Scottish Leaving Certificate Examination, 1953
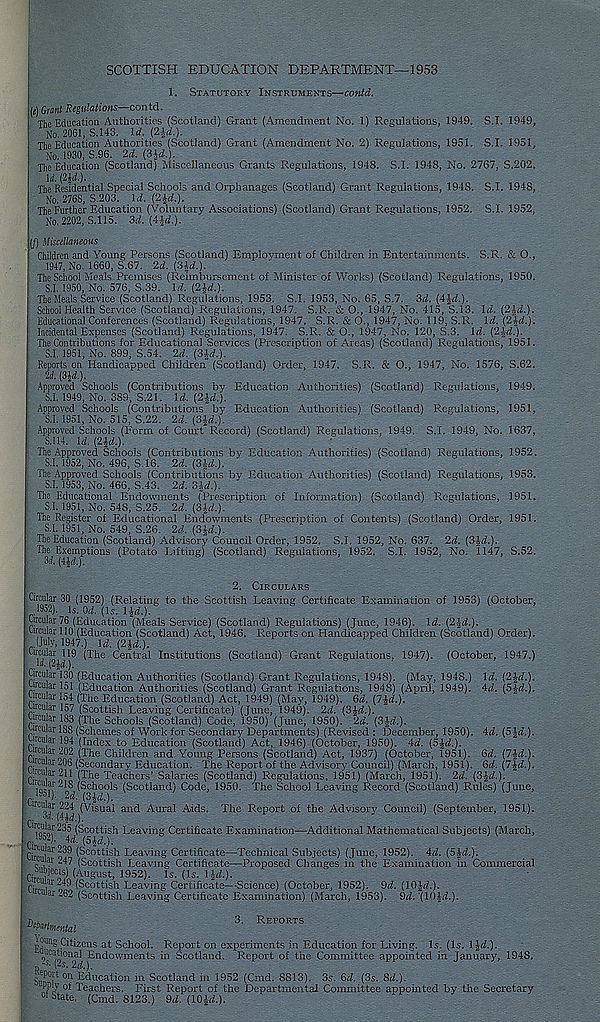
SCOTTISH EDUCATION DEPARTMENT—1953
1. Statutory Instruments—contd.
(i) Grant Regulations—contd.
The Education Authorities (Scotland) Grant (Amendment No. 1) Regulations, 1949. S.I. 1949,
No. 2061, S. 143. Id. (Ud.).
The Education Authorities (Scotland) Grant (Amendment No. 2) Regulations, 1951. S.I. 1951,
No. 1930, S.96. 2d. (3-id.).
The Education (Scotland) Miscellaneous Grants Regulations, 1948. S.I. 1948, No. 2767, S.202.
Id. ;2|<i).
The Residential Special Schools and Orphanages (Scotland) Grant Regulations, 1948. S.I. 1948,
No. 2768, S.203. 1<2. (2^.).
The Further Education (Voluntary Associations) (Scotland) Grant Regulations, 1952. S.I. 1952,
No. 2202, S.115. 3d. (Hd.).
(/) Miscellaneous
Children and Young Persons (Scotland) Employment of Children in Entertainments. S.R. & O.,
1947, No. 1660, S.67. 2d. (3U.).
The School Meals Premises (Reimbursement of Minister of Works) (Scotland) Regulations, 1950.
S.I. 1950, No. 576, S.39. Id. (2Jd.).
The Meals Service (Scotland) Regulations, 1953. S.I. 1953, No. 65, S.7. 3d. {tut.).
School Health Service (Scotland)-Regulations, 1947. S.R. & O., 1947, No. 415, S.13. \d. (21 d.).
Educational Conferences (Scotland) Regulations, 1947. S.R. & O., 1947, No. 119, S.R. Id. (2\d.).
Incidental Expenses (Scotland) Regulations, 1947. S.R. & O., 1947, No. 120, S.3. Id. (2ld.).
The Contributions for Educational Services (Prescription of Areas) (Scotland) Regulations, 1951.
S.I. 1951, No. 899, S.54. 2d. (Sid,).
Reports on Handicapped Children (Scotland) Order, 1947. S.R. & O., 1947, No. 1576, S.62.
2d. (3ld.).
Approved Schools (Contributions by Education Authorities) (Scotland) Regulations, 1949.
S.I. 1949, No. 389, S.21. Id. (2Ji).
Approved Schools (Contributions by Education Authorities) (Scotland) Regulations, 1951,
S.I. 1951, No. 515, S.22. 2d. (3id.).
i Approved Schools (Form of Court Record) (Scotland) Regulations, 1949. S.I. 1949, No. 1637,
S.I 14. Id. (2£</.).
I The Approved Schools (Contributions by Education Authorities) (Scotland) Regulations, 1952.
S.I. 1952, No. 496, S.16. 2d. (3U.).
The Approved Schools (Contributions by Education Authorities) (Scotland) Regulations, 1953.
S.I. 1953, No. 466, 5.43. 2d. 3ld.).
The Educational Endowments ("Prescription of Information) (Scotland) Regulations, 1951.
S.I. 1951, No. 548, S.25. 2d. (3Jrf.).
The Register of Educational Endowments (Prescription of Contents) (Scotland) Order, 1951.
S.I. 1951, No. 549, S.26. 2d. (3p.).
The Education (Scotland) Advisory Council Order, 1952. S.I. 1952, No. 637. 2d. (3\d.).
The Exemptions (Potato Lifting) (Scotland) Regulations, 1952. S.I. 1952, No. 1147, S.52.
3i. (qd.).
2. Circulars
Circular 30 (1952) (Relating to the Scottish Leaving Certificate Examination of 1953) (October,
,.1952). is. ()d. (U. LR).
Circular 76 (Education (Meals Service) (Scotland) Regulations) (June, 1946). id. (2J<i.).
Circular 110 (Education (Scotland) Act, 1946. Reports on Handicapped Children (Scotland) Order).
..(July, 1947.) id. (2id.).
emo ' m (The Central Institutions (Scotland) Grant Regulations, 1947). (October, 1947.)
«. (21A).
Circuar 130 (Education Authorities (Scotland) Grant Regulations, 1948). (May, 1948.)
yrcuar 151 (Education Authorities (Scotland) Grant Regulations, 1948) (April, 1949).
Circular 154 (The Education (Scotland) Act, 1949) (May, 1949). 6d. (lid.).
yrcuar 157 (Scottish Leaving Certificate) (June, 1949). 2d. {3)d-.).
Circuar 183 (The Schools (Scotland) Code, 1950) (June, 1950). 2d. (Sid.).
circular 188 (Schemes of Work for Secondary Departments) (Revised : December, 1950).
CTOuar 194 (Index to Education (Scotland) Act, 1946) (October, 1950). id. (5-id.).
urcuar 202 (The Children and Young Persons (Scotland) Act, 1937) (October, 1951).
vcular 206 (Secondary Education. The Report of the Advisory Council) (March, 1951). uu-. ^
rv'i 211 (The Teachers’ Salaries (Scotland) Regulations, 1951) (March, 1951). 2d. (Sid.).
jg”.™ 21^8 (Schools (Scotland) Code, 1950. The School Leaving Record (Scotland) Rules) (June,
(Visual and Aural Aids. The Report of the Advisory Council) (September, 1951).
Hid.).
'kSk 23 ® (Scottish Leaving Certificate Examination—Additional Mathematical Subjects) (March,
PiV r ' ^ ( 5 i«.).
'"ral vu 9 (® cottis h Leaving Certificate—Technical Subjects) (June, 1952). id. (5id.).
uiar _47 (Scottish Leaving Certificate—Proposed Changes in the Examination in Commercial
f4™Wcts) (August, 1952). Is. (Is. l|rf.).
fim i 7,1? (Scottish Leaving Certificate—Science) (October, 1952). 9d. (lOJrf.).
“at 262 (Scottish Leaving Certificate Examination) (March, 1953). 9d. '(lOlrf.).
id. (2id.).
id. (Sid.).
id. (Sid.).
Gd. (lid.).
6d. (lid.).
3. Reports
ptpartmental
p? 1111 !! Citizens at School. Report on experiments in Education for Living. Is. (Is. 1 LA).
Endowments in Scotland. Report of the Committee appointed in January, 1948.
Report on Education in Scotland in 1952 (Cmd. 8813). 3s. 6d. (3s. 8d.).
Ppiy of Teachers. First Report of the Departmental Committee appointed by the Secretary
Mate. (Cmd. 8123.) 9d, (10^.).